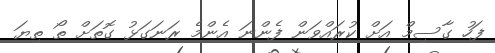
ފަހު ގާސިމް އަށް ކުރައްވަން ފެންނަ އެންމެ ރަނަގަޅު ގޮތަށް ތޯ ތިޔަ